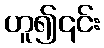
ဟူ၍၎င်း